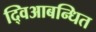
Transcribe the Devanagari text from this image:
द्विआबन्धित